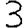
Digit: 3